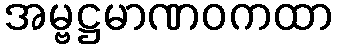
အမ္ဗဋ္ဌမာဏဝကထာ